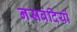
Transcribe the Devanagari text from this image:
नसबंदियों